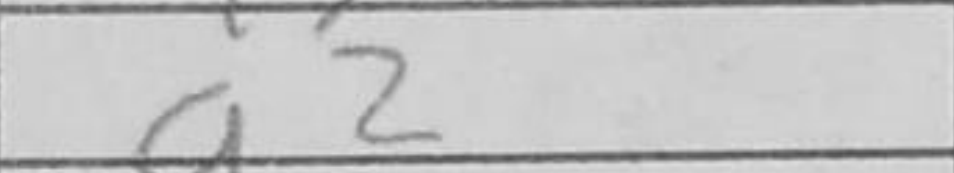
Transcription: a2